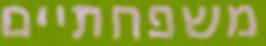
משפחתיים